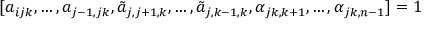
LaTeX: [ a _ { i j k } , \dots , a _ { j - 1 , j k } , \tilde { a } _ { j , j + 1 , k } , \dots , \tilde { a } _ { j , k - 1 , k } , \alpha _ { j k , k + 1 } , \dots , \alpha _ { j k , n - 1 } ] = 1